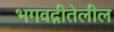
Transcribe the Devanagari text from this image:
भगवद्गीतेलील